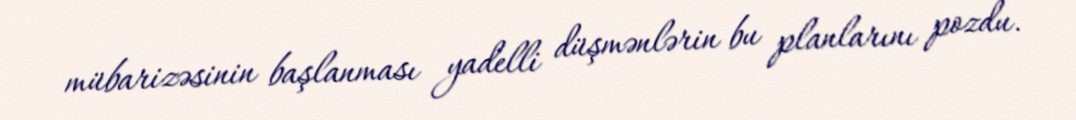
mübarizəsinin başlanması yadelli düşmənlərin bu planlarını pozdu.